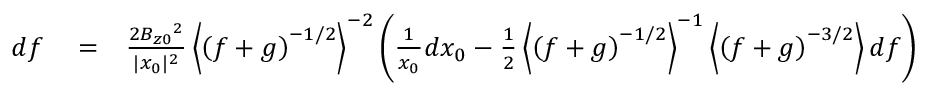
\begin{array} { r l r } { d f } & { { } = } & { \frac { 2 B _ { z 0 } { } ^ { 2 } } { | x _ { 0 } | ^ { 2 } } \left\langle \left( f + g \right) ^ { - 1 / 2 } \right\rangle ^ { - 2 } \left( \frac { 1 } { x _ { 0 } } d x _ { 0 } - \frac { 1 } { 2 } \left\langle \left( f + g \right) ^ { - 1 / 2 } \right\rangle ^ { - 1 } \left\langle \left( f + g \right) ^ { - 3 / 2 } \right\rangle d f \right) } \end{array}